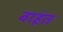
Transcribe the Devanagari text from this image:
बाहूंत